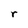
Character: r